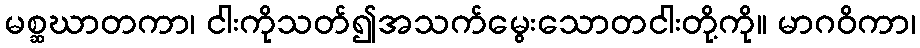
မစ္ဆဃာတကာ၊ ငါးကိုသတ်၍အသက်မွေးသောတငါးတို့ကို။ မာဂဝိကာ၊